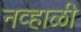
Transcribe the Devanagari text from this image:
नव्हाळी